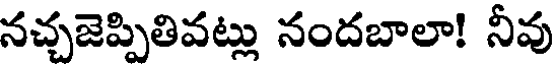
నచ్చజెప్పితివట్లు నందబాలా! నీవు